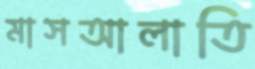
মাসআলাতি